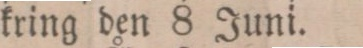
kring den 8 Juni.